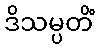
ဒိသမ္ပတိံ